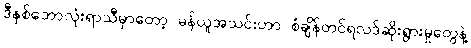
ဒီနှစ်ဘောလုံးရာသီမှာတော့ မန်ယူအသင်းဟာ စံချိန်တင်ရလဒ်ဆိုးရွားမှုတွေနဲ့